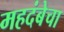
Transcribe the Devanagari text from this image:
महदंबेचा